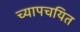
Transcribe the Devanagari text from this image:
च्यापचयित